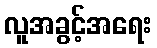
လူအခွင့်အရေး